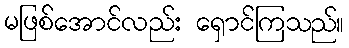
မဖြစ်အောင်လည်း ရှောင်ကြသည်။